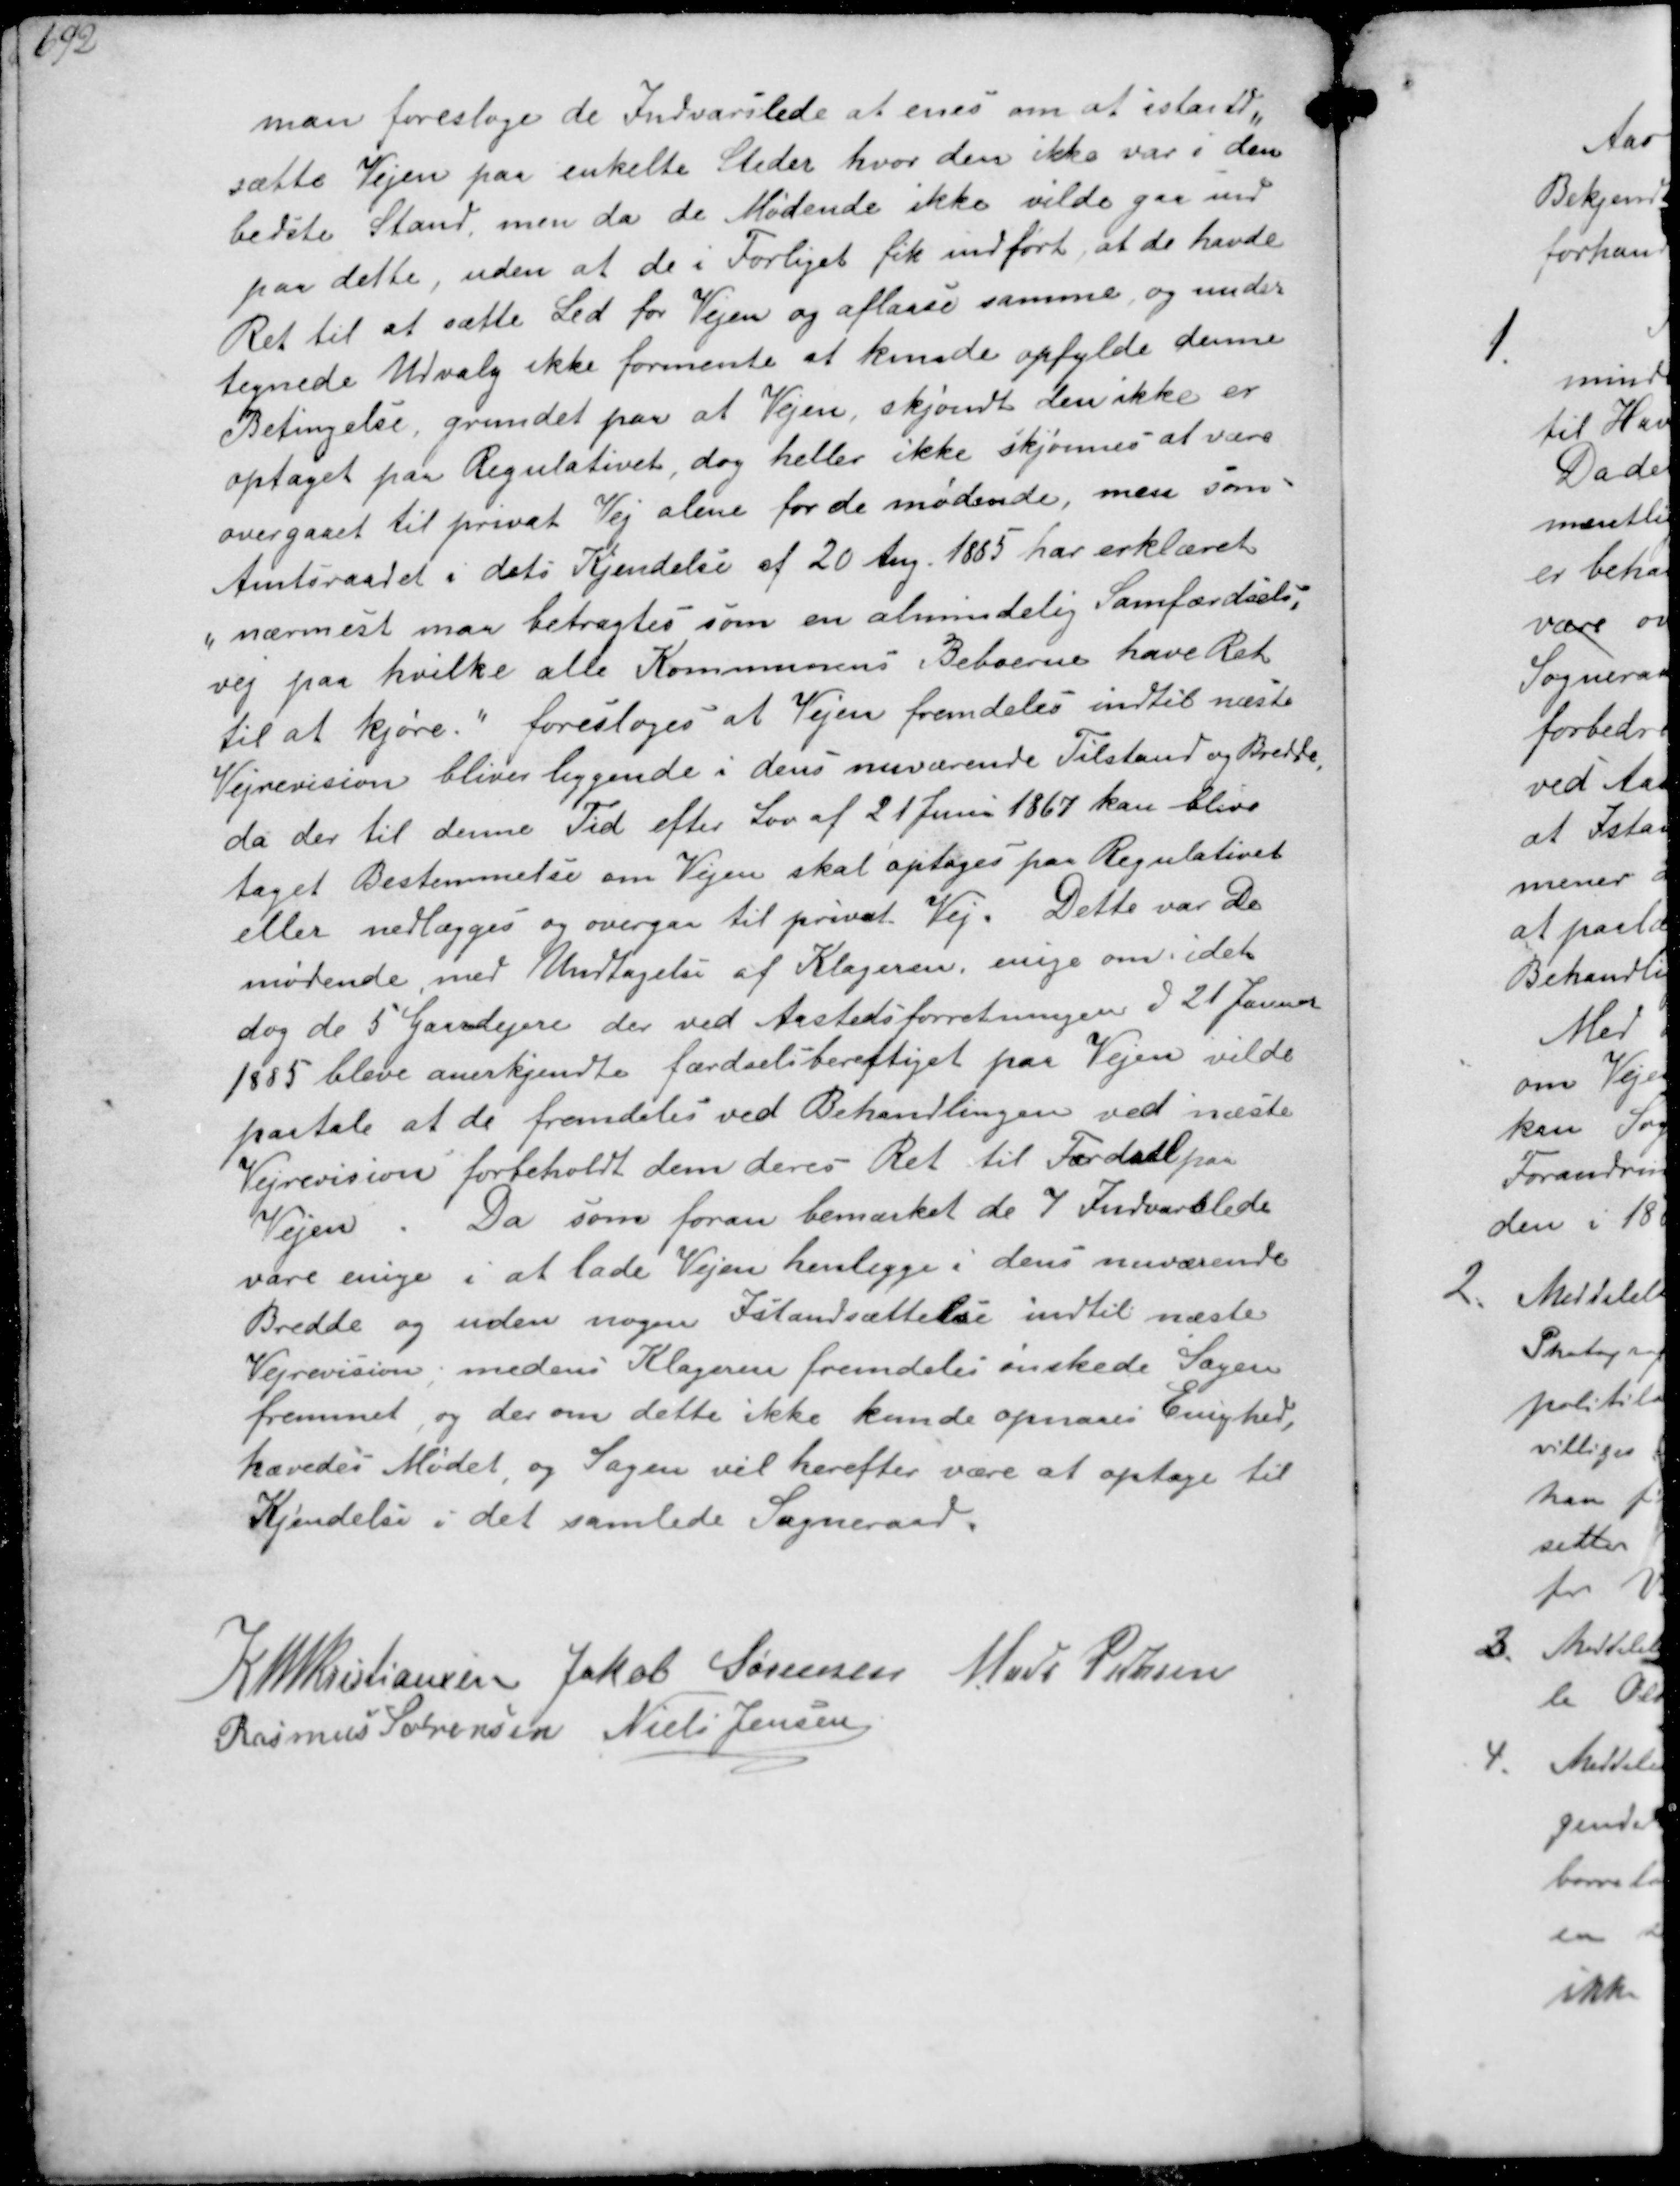
Transskription:
man foresloge de Indvarslede at enes om at istand-
sætte Vejen paa enkelte Steder hvor den ikke var i den
bedste Stand, men da de Mødende ikke vilde gaa ind
paa dette, uden at de i Forliget fik indført, at de havde
Ret til at sætte Led for Vejen og aflaase samme og under-
tegnede Udvalg ikke formente at kunde opfylde denne
Betingelse grundet paa at Vejen, skjøndt den ikke er
optaget paa Regulativet, dog heller ikke skjønnes at være
overgaaet til privat Vej alene for de mødende, men som
Amtsraadet i dets Kjendelse af 20 Aug. 1885 har erklæret
nærmest maa betragtes som en almindelig Samtærdsels-
vej paa hvilke alle Kommunens Beboerne have Ret
til at køre foresloges at Vejen fremdeles indtil næste
Vejrevision bliver liggende i dens nuværende Tilstand og Bredde
da der til denne Tid efter Lov af 21 Juni 1867 kan blive
taget Bestemmelse om Vejen skal optages paa Regulativet
eller nedlægges og overgaa til privat Vej. Dette var de
mødende med Undtagelse af Klageren enige om, idet
dog de 5 Gaardejere der ved Aastedsforretningen den 21 Januar
1885 bleve anerkjendte færdselsberettiget paa Vejen vilde
paatale at de fremdeles ved Behandlingen ved næste
Vejrevision forbeholdt dem deres Ret til Færdsel paa
Vejen. Da som foran bemærket de 7 Indvarslede
vare enige i at lade Vejen henlægge i den nuværende
Bredde og uden nogen Istandsættelse indtil næste
Vejrevision, medens Klageren fremdeles ønskede Sagen
fremmet og der om dette ikke kunde opnaaes Enighed,
hævedes Mødet og Sagen vil herefter være at optage til
kendelse i det samlede Sogneraad.

K N M Kristiansen Jakob Sørensen Mads Pedersen
Rasmus Sørensen Niels Jensen